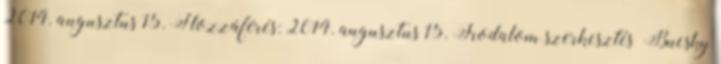
2014. augusztus 15. Hozzáférés: 2014. augusztus 15. Irodalom szerkesztés Bucsky